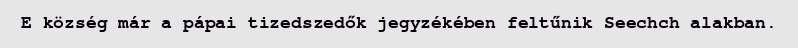
E község már a pápai tizedszedők jegyzékében feltűnik Seechch alakban.